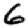
Digit: 6